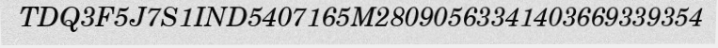
TDQ3F5J7S1IND5407165M28090563341403669339354